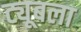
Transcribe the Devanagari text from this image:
ट्यूबला